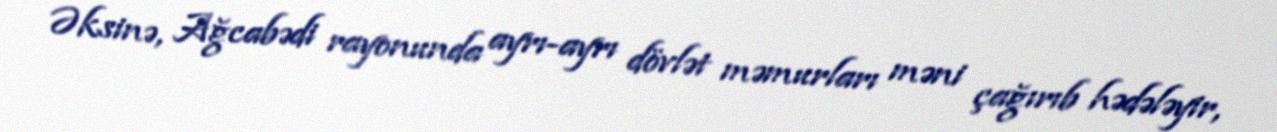
Əksinə, Ağcabədi rayonunda ayrı-ayrı dövlət məmurları məni çağırıb hədələyir,